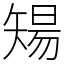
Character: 𥏫